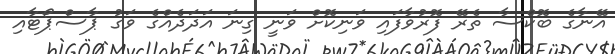
އޭނާގެ ބޮކްސާ ތެރޭ ފޮރުވާފައި ވަނިކޮށް ވަނީ ގިނަ އަދަދެއްގެ ވަގު ޕާސްޕޯޓާއި